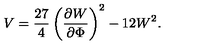
V = \frac { 2 7 } { 4 } \left( \frac { \partial W } { \partial \Phi } \right) ^ { 2 } - 1 2 W ^ { 2 } .